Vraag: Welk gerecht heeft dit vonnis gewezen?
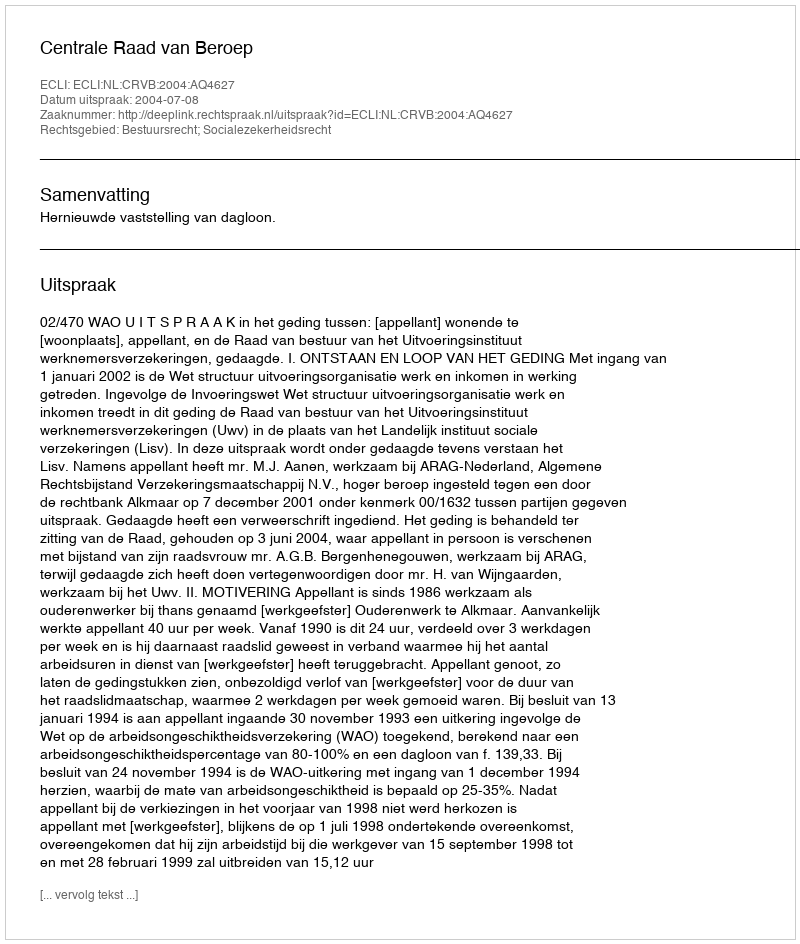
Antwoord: Centrale Raad van Beroep